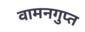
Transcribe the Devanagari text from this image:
वामनगुप्त